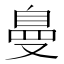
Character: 𱑽